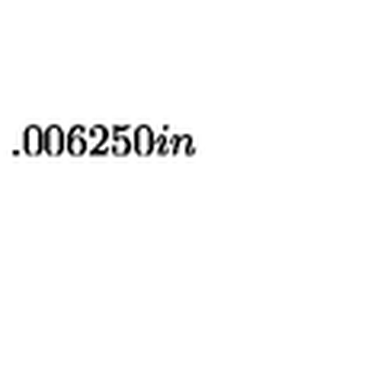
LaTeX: \setlength { \unitlength } { 0 . 0 0 6 2 5 0 i n }